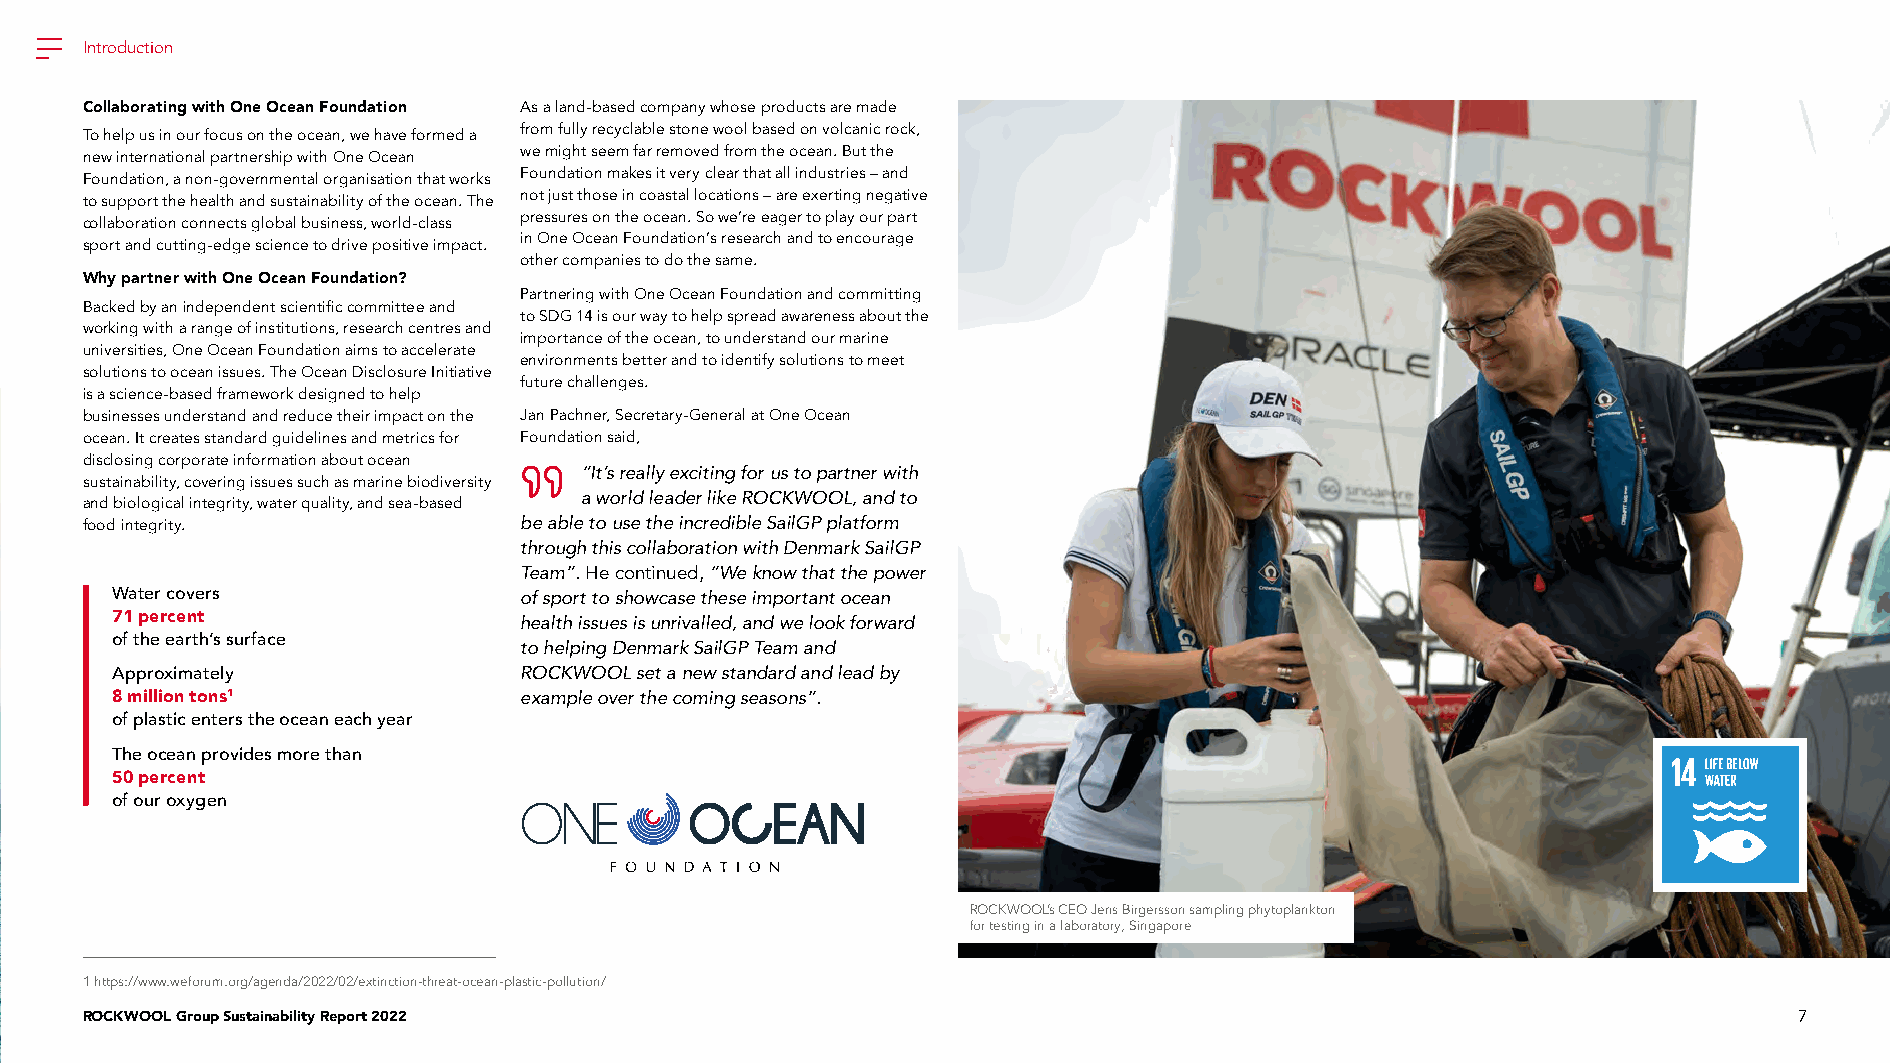
Introduction
 Collaborating with One Ocean Foundation As a land-based company whose products are made
 To help us in our focus on the ocean, we have formed a from fully recyclable stone wool based on volcanic rock,
 new international partnership with One Ocean we might seem far removed from the ocean. But the
 Foundation, a non-governmental organisation that works Foundation makes it very clear that all industries – and
 to support the health and sustainability of the ocean. The not just those in coastal locations – are exerting negative
 collaboration connects global business, world-class pressures on the ocean. So we’re eager to play our part
 sport and cutting-edge science to drive positive impact. in One Ocean Foundation’s research and to encourage
 other companies to do the same.
 Why partner with One Ocean Foundation?
 Partnering with One Ocean Foundation and committing
 Backed by an independent scientific committee and
 to SDG 14 is our way to help spread awareness about the
 working with a range of institutions, research centres and
 importance of the ocean, to understand our marine
 universities, One Ocean Foundation aims to accelerate
 environments better and to identify solutions to meet
 solutions to ocean issues. The Ocean Disclosure Initiative
 future challenges.
 is a science-based framework designed to help
 businesses understand and reduce their impact on the Jan Pachner, Secretary-General at One Ocean
 ocean. It creates standard guidelines and metrics for Foundation said,
 disclosing corporate information about ocean
 “It’s really exciting for us to partner with
 sustainability, covering issues such as marine biodiversity
 a world leader like ROCKWOOL, and to
 and biological integrity, water quality, and sea-based
 food integrity.              be able to use the incredible SailGP platform
 through this collaboration with Denmark SailGP
 Team”. He continued, “We know that the power
 Water covers               of sport to showcase these important ocean
 71 percent
 health issues is unrivalled, and we look forward
 of the earth’s surface
 to helping Denmark SailGP Team and
 Approximately              ROCKWOOL set a new standard and lead by
 8 million tons1            example over the coming seasons”.
 of plastic enters the ocean each year
 The ocean provides more than
 50 percent
 of our oxygen
 ROCKWOOL’s CEO Jens Birgersson sampling phytoplankton
 for testing in a laboratory, Singapore
 1 https://www.weforum.org/agenda/2022/02/extinction-threat-ocean-plastic-pollution/
 ROCKWOOL Group Sustainability Report 2022                                                                         7